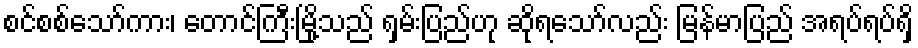
စင်စစ်သော်ကား၊ တောင်ကြီးမြို့သည် ရှမ်းပြည်ဟု ဆိုရသော်လည်း မြန်မာပြည် အရပ်ရပ်ရှိ